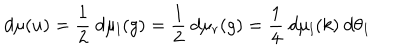
d \mu ( u ) = \frac { 1 } { 2 } ~ d \mu _ { l } ( g ) = \frac { 1 } { 2 } ~ d \mu _ { r } ( g ) = \frac { 1 } { 4 } ~ d \mu _ { l } ( k ) ~ d \theta _ { 1 }